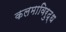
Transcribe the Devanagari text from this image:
कलमाविरुद्ध